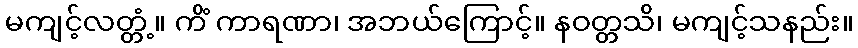
မကျင့်လတ္တံ့။ ကိံ ကာရဏာ၊ အဘယ်ကြောင့်။ နဝတ္တသိ၊ မကျင့်သနည်း။